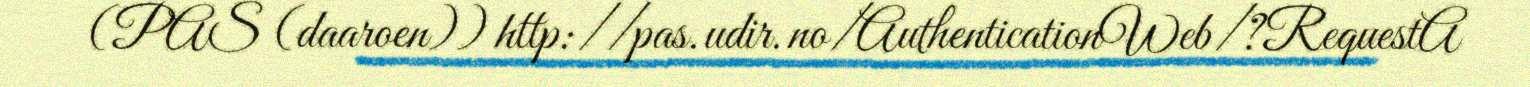
(PAS (daaroen)) http://pas.udir.no/AuthenticationWeb/?RequestA